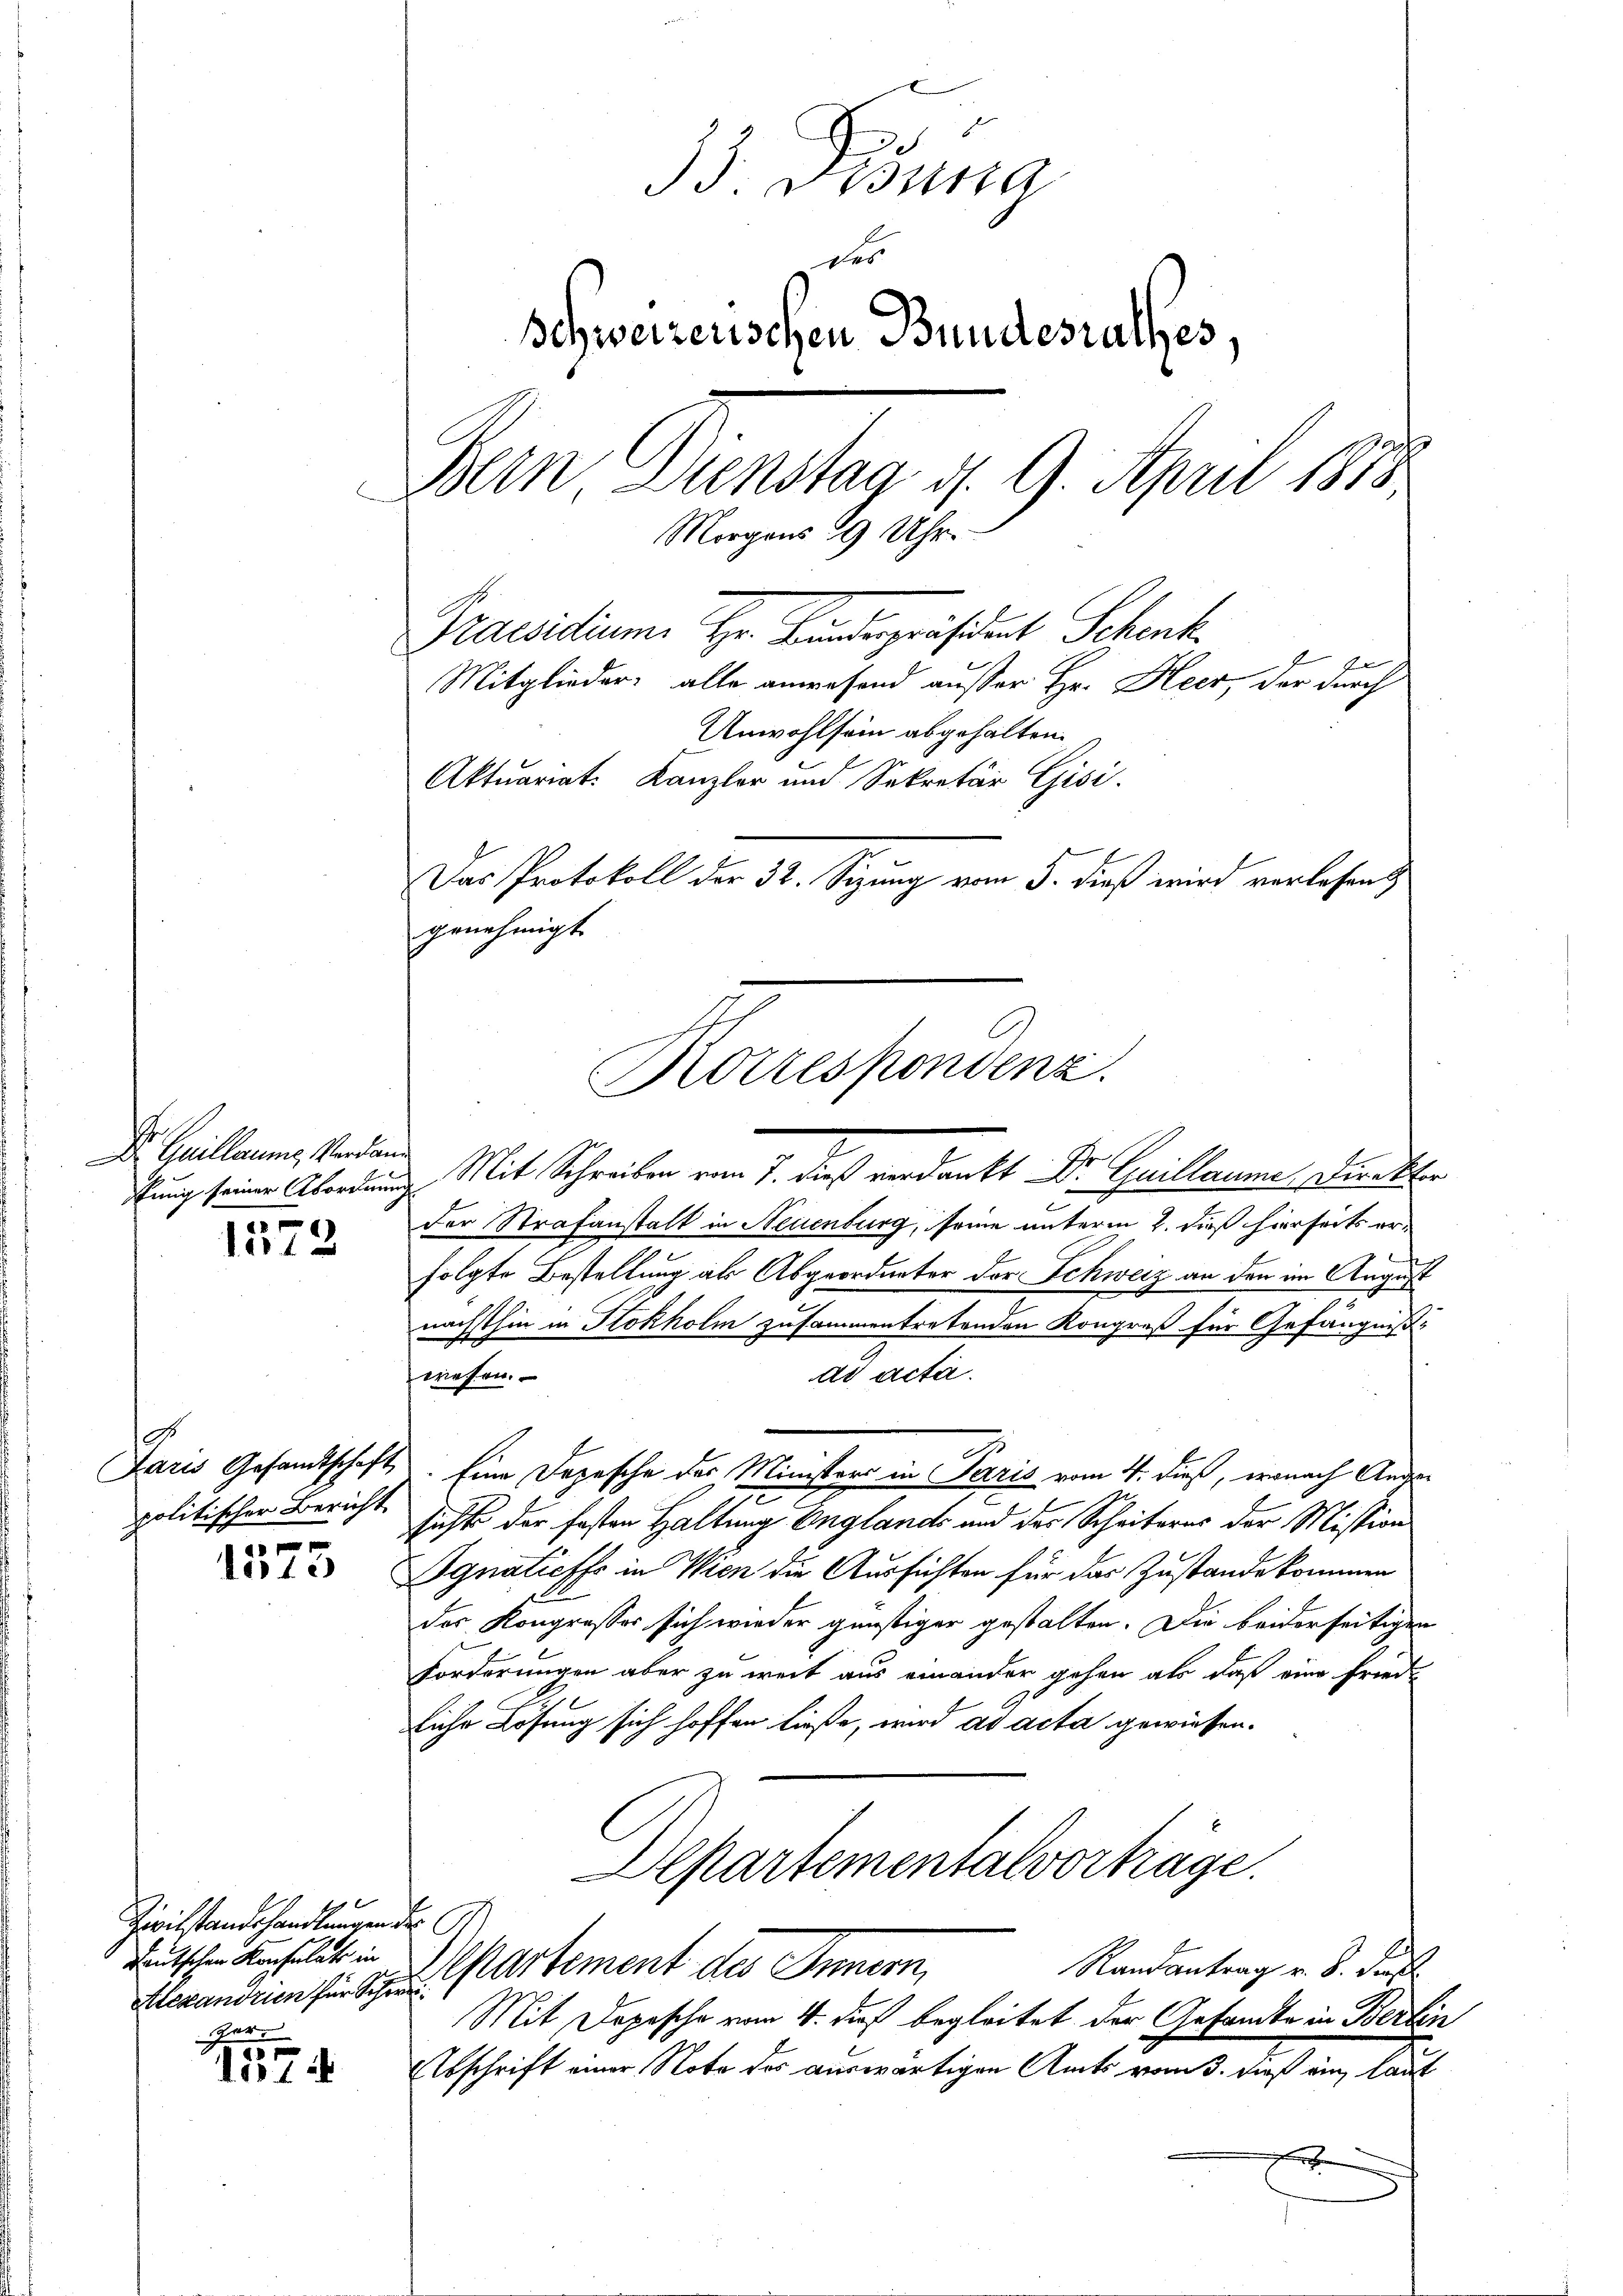
.
D Quillaume, Verdan
)

12

politischer Bericht

r
r 10

x
Zivilstandshandlungen de
Alexandrien für Schwei¬
Gat

1574

33. Disura
des
Schweizerischen Bundesrathes,
Bern Dienstag d. 9. April 1858
b
Morgens 9 Uhr.
Naesidium Hr. Bandespräsident Schenk.
Mitglieder, alle anwesend ausser Hr. Heer, der durch
Anwohlsein abgehalten.
t
Aktuariat. Kanzler und Sekretär Gisi
Das Protokoll der 32. Sizung vom 5. dieß wird verlesen.
genehmigt.

iung seine Abendung Mit Schreiben vom 7. dieß verdankt Dr. Guillaume Direktor
der Strafanstalt in Neuenburg, seine unterm 2. dieß hierseits er-
folgte Bestellung als Abgeordneter der Schweiz an den im August
nächsthin in Stokholm zusammentretenden Kongreß für Gefängnißad acta.
wessen.
Paris Gesandtschaft. Eine Depesche der Ministere in Paris vom 4. dieß, wonach Andersicht der fasten Haltung Englands und das Scheiteres der Mission
Agnaticffe in Wien die Aussichten für das Zustande kommen
des Kongressers sich wieder günstiger gestalten. Die beiderseitigen
Forderungen aber zu weit aus einander gehen als daß eine Friede
liche Lösung sich hoffen ließe, wird ad acta gewiesen.
Departementalvorträge.
Teutschen Anhalt in Departement des Innern,
Randantrag v. 8. Sept.
Mit Dopische vom 4. dieß begleitet der Gesandte in Berlin
Abschrift einer Note des auswärtigen Amts vom 3. daß ein, laut
e

Korrespondenz.